Civil Veterinary Dept. North-West Frontier Province 1923-32 - 1923-1932
Year: 1923
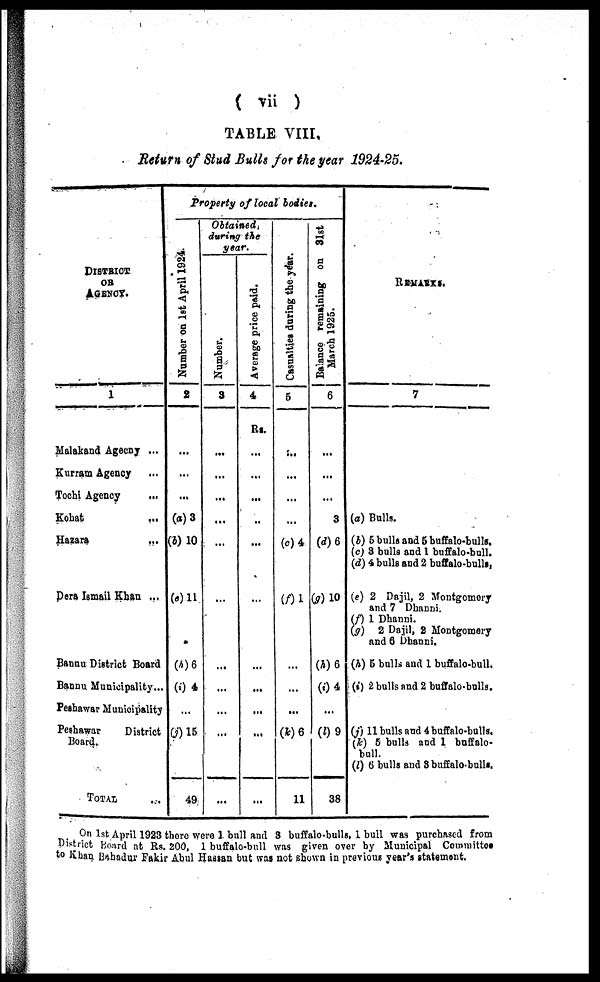
( vii )
TABLE VIII.
Return of Stud Bulls for the year 1924-25.
DISTRICT
OR
AGENCY.
1
Malakand Agency ...
Kurram Agency ...
Tochi Agency
...
Kohat ...
Hazara ...
Dera Ismail Khan ...
Bannu District Board
Bannu Municipality...
Peshawar Municipality
Peshawar
District
Board.
TOTAL ....
Property of local bodies.
Nu mb e r on 1st April 1924.
2
...
...
...
(a) 3
(b) 10
(c) 11
(h) 6
(i) 4
...
(j) 15
49
Obtained
during the
year.
Number.
3
...
...
...
...
...
...
...
...
...
...
...
Average price paid.
4
Rs.
...
...
...
..
...
...
...
...
...
...
...
Casualties during the year.
5
...
...
...
...
(c) 4
(f) 1
...
...
...
(k) 6
11
Balance remaining on
31st
March 1925.
6
...
...
...
3
(d) 6
(g) 10
(h) 6
(i) 4
...
(l) 9
38
REMARKS.
7
(a) Bulls.
(b) 5 bulls and 5 buffalo-bulls.
(c) 3 bulls and 1 buffalo-bull.
(d) 4 bulls and 2 buffalo-bulls,
(e) 2 Dajil, 2 Montgomery
and 7 Dhanni.
(f) 1 Dhanni.
(g) 2 Dajil, 2 Montgomery
and 6 Dhanni.
(h) 5 bulls and 1 buffalo-bull.
(i) 2 bulls and 2 buffalo-bulls.
(j) 11 bulls and 4 buffalo-bulls.
(k) 5 bulls and 1 buffalo-
bull.
(l) 6 bulls and 8 buffalo-bulls.
On 1st April 1923 there were 1 bull and 3 buffalo-bulls, 1 bull was purchased from
District Board at Rs. 200, 1 buffalo-bull was given over by Municipal Committee
to Khan Bahadur Fakir Abul Hassan but was not shown in previous year's statement.